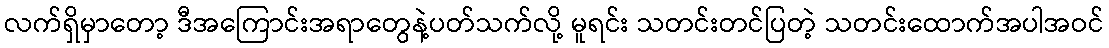
လက်ရှိမှာတော့ ဒီအကြောင်းအရာတွေနဲ့ပတ်သက်လို့ မူရင်း သတင်းတင်ပြတဲ့ သတင်းထောက်အပါအဝင်